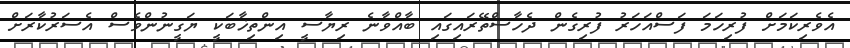
އެވެރިކަމަށް ފުރިހަމަ ފަސްއަހަރު ފުރިގެން ދެހާސްތޭރައިގައި ބާއްވާނެ ރިޔާސީ އިންތިޚާބަކީ ޔަގީނުންވެސް އެސަރުކާރަށް